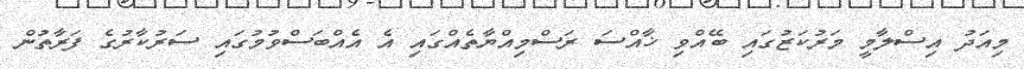
މިއަދު އިސްލާމީ މަރުކަޒުގައި ބޭއްވި ޚާއްސަ ރަސްމިއްޔާތެއްގައި އެ އެއްބަސްވުމުގައި ސަރުކާރުގެ ފަރާތުން